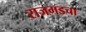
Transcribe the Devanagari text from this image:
राजगडचा